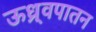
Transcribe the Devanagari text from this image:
ऊध्र्वपातन